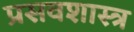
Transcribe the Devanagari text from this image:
प्रसवशास्त्र